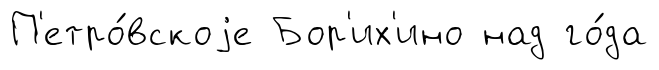
П'етро́вскоjе Бор'их'ино над го́да